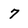
Character: 7